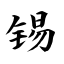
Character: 锡